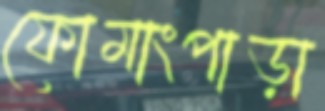
ফোমাংপাড়া